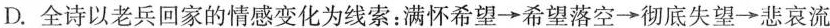
D.全诗以老兵回家的情感变化为线索：满怀希望→希望落空→彻底失望→悲哀流